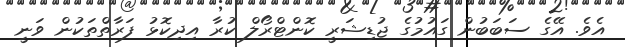
އެވެ. އޭގެ ސަބަބުން ގައުމުގެ ޖުޑިޝަރީ ކޮންޓްރޯލް ކުރާ އިދިކޮޅު ފަރާތްތަކުން ވަނީ